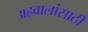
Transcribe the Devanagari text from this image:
अहवालांसाठी